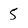
Character: 5